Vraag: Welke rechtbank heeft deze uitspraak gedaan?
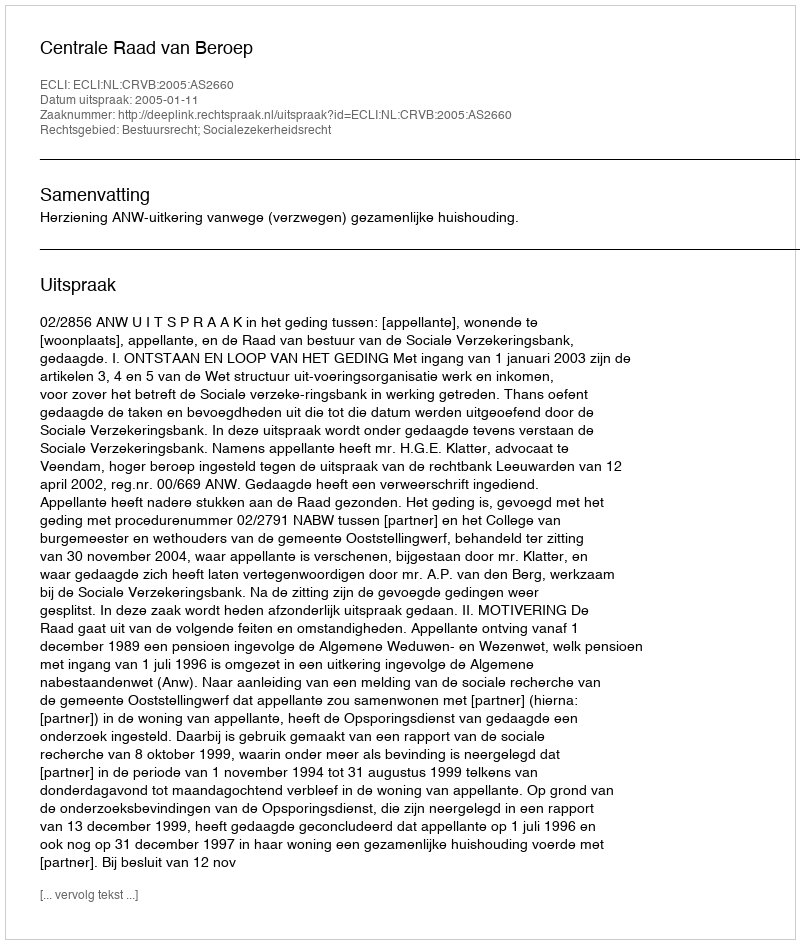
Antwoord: Centrale Raad van Beroep